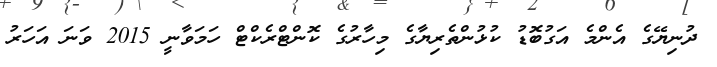
ދުނިޔޭގެ އެންމެ އަގުބޮޑު ކުޅުންތެރިޔާގެ މިހާރުގެ ކޮންޓްރެކްޓް ހަމަވާނީ 2015 ވަނަ އަހަރު